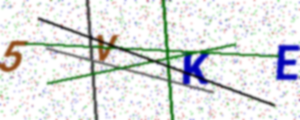
Text: 5VKE